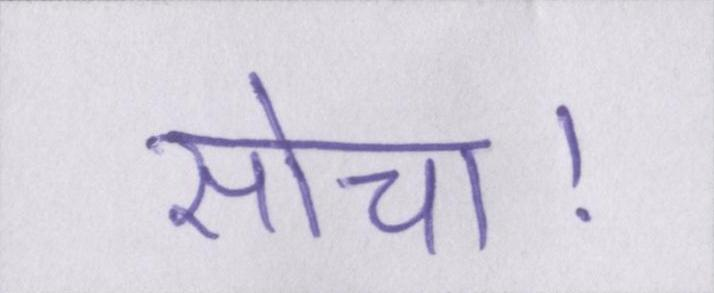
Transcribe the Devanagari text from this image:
सोचा।